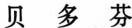
贝多芬